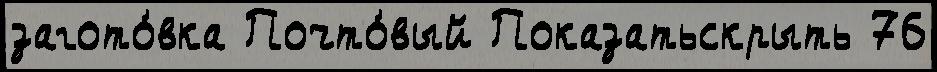
загото́вка Почто́вый Показатьскрыть 76